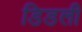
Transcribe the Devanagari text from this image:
डिडली